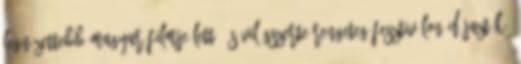
legnézettebb magyar filmje lett, és világszerte rengeteg fesztiválon díjazták.